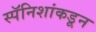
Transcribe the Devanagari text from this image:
स्पॅनिशांकडून